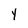
Character: Y